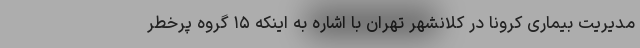
مدیریت بیماری کرونا در کلانشهر تهران با اشاره به اینکه ۱۵ گروه پرخطر